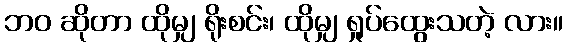
ဘဝ ဆိုတာ ထိုမျှ ရိုးစင်း၊ ထိုမျှ ရှုပ်ထွေးသတဲ့ လား။